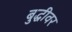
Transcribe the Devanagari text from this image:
बुद्धीवर